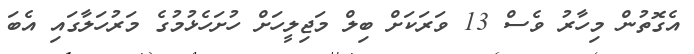
އެގޮތުން މިހާރު ވެސް 13 ވަރަކަށް ބިލް މަޖިލީހަށް ހުށަހެޅުމުގެ މަރުހަލާގައި އެބަ